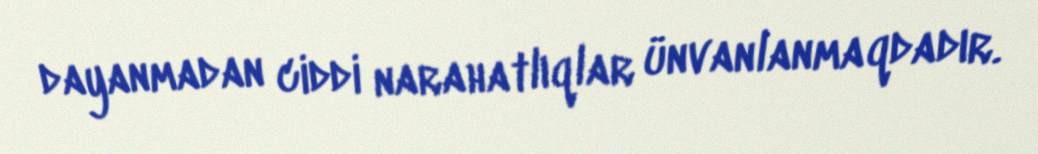
dayanmadan ciddi narahatlıqlar ünvanlanmaqdadır.